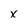
Character: x